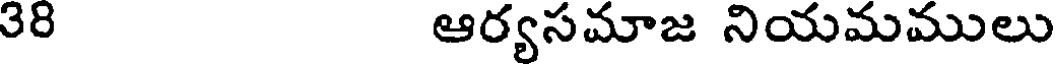
38 ఆర్యసమాజ నియమములు